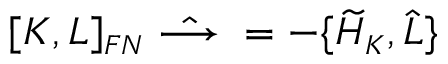
[ K , L ] _ { \scriptscriptstyle F N } \; \hat { \longrightarrow } \; = - \{ \widetilde { \cal H } _ { \scriptscriptstyle K } , \widehat { L } \}